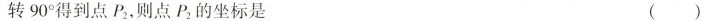
转90^{\circ}得到点P_{2}则点P_{2}的坐标是（）